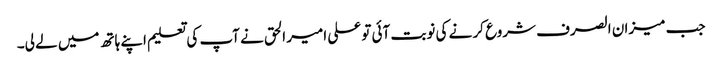
جب میزان الصرف شروع کر نے کی نوبت آئی تو علی امیر الحق نے آپ کی تعلیم اپنے ہاتھ میں لے لی۔